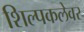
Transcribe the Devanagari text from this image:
शिल्पकलेवर